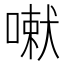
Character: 𭊄